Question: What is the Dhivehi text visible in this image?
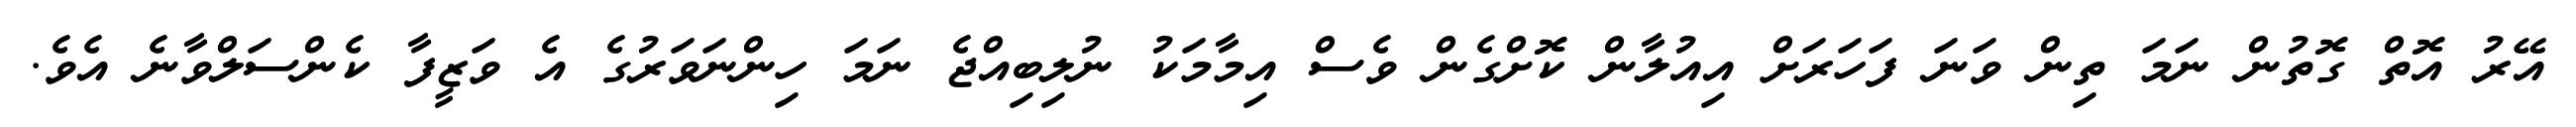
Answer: އޭރު އޮތް ގޮތުން ނަމަ ތިން ވަނަ ފަހަރަށް އިއުލާން ކޮށްގެން ވެސް އިމާމަކު ނުލިބިއްޖެ ނަމަ ހިންނަވަރުގެ އެ ވަޒީފާ ކެންސަލްވާނެ އެވެ.